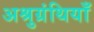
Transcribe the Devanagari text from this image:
अश्रुग्रंथियाँ